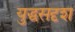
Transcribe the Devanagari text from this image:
युद्धसदृश